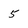
Character: 5